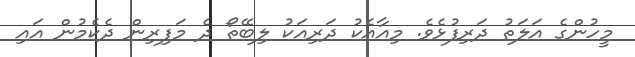
މީހުންގެ އަލަތު ދަރިފުޅެވެ. މިއާއެކު ދަރިއަކު ލިބޭތޯ ދެ މަފިރިން ދެކެމުން އައި